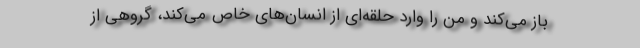
باز می‌کند و من را وارد حلقه‌ای از انسان‌های خاص می‌کند، گروهی از